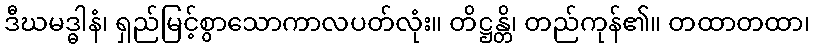
ဒီဃမဒ္ဓါနံ၊ ရှည်မြင့်စွာသောကာလပတ်လုံး။ တိဋ္ဌန္တိ၊ တည်ကုန်၏။ တထာတထာ၊